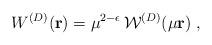
LaTeX: \begin{align*}W^{({D})} ({\bf r}) =\mu^{2 - \epsilon}\, {\mathcal W}^{({D})} (\mu {\bf r})\; ,\end{align*}